Annual administration report of the Civil Veterinary Department of India - 1898-1899
Year: 1898
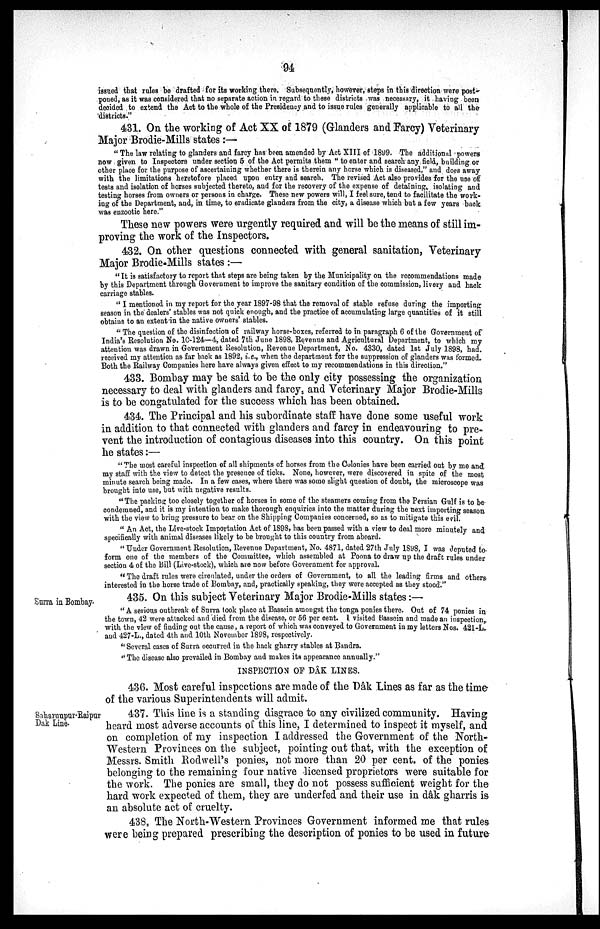
94
issued that rules be drafted for its working there. Subsequently, however, steps in this direction were post-
poned, as it was considered that no separate action in regard to these districts was necessary, it having been
decided to extend the Act to the whole of the Presidency and to issue rules generally applicable to all the
districts."
431. On the working of Act XX of 1879 (Glanders and Farcy) Veterinary
Major Brodie-Mills states:—
"The law relating to glanders and farcy has been amended by Act XIII of 1899. The additional powers
now given to Inspectors under section 5 of the Act permits them "to enter and search any field, building or
other place for the purpose of ascertaining whether there is therein any horse which is diseased," and does away
with the limitations heretofore placed upon entry and search. The revised Act also provides for the use of
tests and isolation of horses subjected thereto, and for the recovery of the expense of detaining, isolating and
testing horses from owners or persons in charge. These new powers will, I feel sure, tend to facilitate the work-
ing of the Department, and, in time, to eradicate glanders from the city, a disease which but a few years back
was enzootic here."
These new powers were urgently required and will be the means of still im-
proving the work of the Inspectors.
432. On other questions connected with general sanitation, Veterinary
Major Brodie-Mills states:—
"It is satisfactory to report that steps are being taken by the Municipality on the recommendations made
by this Department through Government to improve the sanitary condition of the commission, livery and hack
carriage stables.
"I mentioned in my report for the year 1897-98 that the removal of stable refuse during the importing
season in the dealers' stables was not quick enough, and the practice of accumulating large quantities of it still
obtains to an extent in the native owners' stables.
"The question of the disinfection of railway horse-boxes, referred to in paragraph 6 of the Government of
India's Resolution No. 10-124—4, dated 7th June 1898, Revenue and Agricultural Department, to which my
attention was drawn in Government Resolution, Revenue Department, No. 4330, dated 1st July 1898, had.
received my attention as far back as 1892, i.e., when the department for the suppression of glanders was formed.
Both the Railway Companies here have always given effect to my recommendations in this direction."
433. Bombay may be said to be the only city possessing the organization
necessary to deal with glanders and farcy, and Veterinary Major Brodie-Mills
is to be congatulated for the success which has been obtained.
434. The Principal and his subordinate staff have done some useful work
in addition to that connected with glanders and farcy in endeavouring to pre-
vent the introduction of contagious diseases into this country. On this point
he states:—
"The most careful inspection of all shipments of horses from the Colonies have been carried out by me and
my staff with the view to detect the presence of ticks. None, however, were discovered in spite of the most
minute search being made. In a few cases, where there was some slight question of doubt, the microscope was
brought into use, but with negative results.
"The packing too closely together of horses in some of the steamers coming from the Persian Gulf is to be
condemned, and it is my intention to make thorough enquiries into the matter during the next importing season
with the view to bring pressure to bear on the Shipping Companies concerned, so as to mitigate this evil.
"An Act, the Live-stock Importation Act of 1898, has been passed with a view to deal more minutely and
specifically with animal diseases likely to be brought to this country from aboard.
"Under Government Resolution, Revenue Department, No. 4871, dated 27th July 1898, I was deputed to
form one of the members of the Committee, which assembled at Poona to draw up the draft rules under
section 4 of the Bill (Live-stock), which are now before Government for approval.
"The draft rules were circulated, under the orders of Government, to all the leading firms and others
interested in the horse trade of Bombay, and, practically speaking, they were accepted as they stood."
Surra in Bombay.
435. On this subject Veterinary Major Brodie-Mills states:—
"A serious outbreak of Surra took place at Bassein amongst the tonga ponies there. Out of 74 ponies in
the town, 42 were attacked and died from the disease, or 56 per cent. I visited Bassein and made an inspection
with the view of finding out the cause, a report of which was conveyed to Government in my letters Nos. 421-L.
and 427-L., dated 4th and 10th November 1898, respectively.
"Several cases of Surra occurred in the hack gharry stables at Bandra.
"The disease also prevailed in Bombay and makes its appearance annually."
INSPECTION OF DÂK LINES.
436. Most careful inspections are made of the Dâk Lines as far as the time
of the various Superintendents will admit.
Saharanpur-Raipur
Dak Line.
437. This line is a standing disgrace to any civilized community. Having
heard most adverse accounts of this line, I determined to inspect it myself, and
on completion of my inspection I addressed the Government of the North-
Western Provinces on the subject, pointing out that, with the exception of
Messrs. Smith Rodwell's ponies, not more than 20 per cent. of the ponies
belonging to the remaining four native licensed proprietors were suitable for
the work. The ponies are small, they do not possess sufficient weight for the
hard work expected of them, they are underfed and their use in dâk gharris is
an absolute act of cruelty.
438, The North-Western Provinces Government informed me that rules
were being prepared prescribing the description of ponies to be used in future